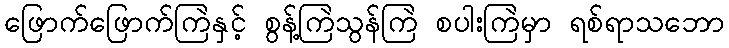
ဖြောက်ဖြောက်ကြဲနှင့် စွန့်ကြဲသွန်ကြဲ စပါးကြဲမှာ ရစ်ရာသဘော